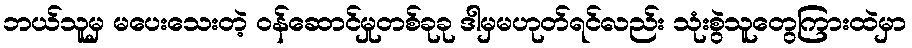
ဘယ်သူမှ မပေးသေးတဲ့ ဝန်ဆောင်မှုတစ်ခုခု ဒါမှမဟုတ်ရင်လည်း သုံးစွဲသူတွေကြားထဲမှာ